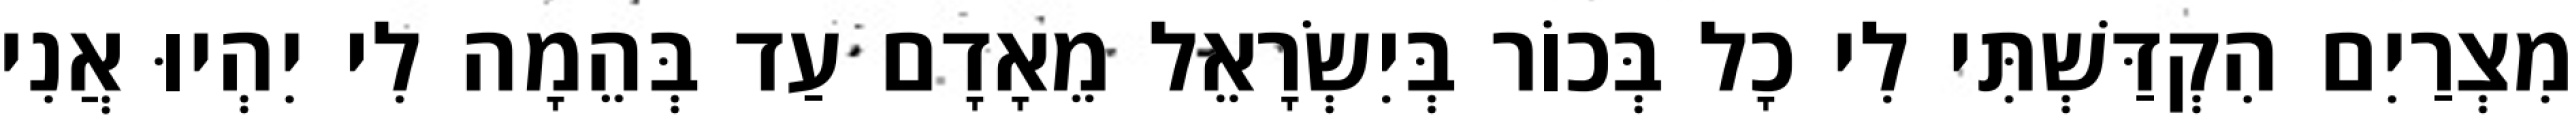
מִצְרַיִם הִקְדַּשְׁתִּי לִי כָל בְּכוֹר בְּיִשְׂרָאֵל מֵאָדָם עַד בְּהֵמָה לִי יִהְיוּ אֲנִי